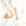
إنه